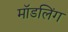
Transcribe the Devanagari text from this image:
मॉडलिंग